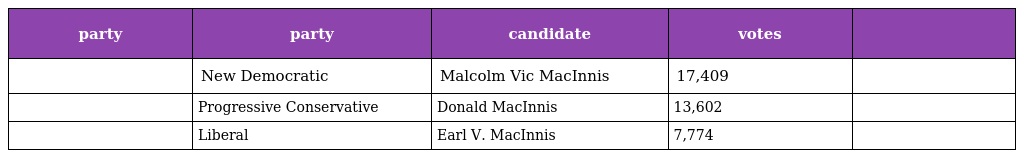
| party | party | candidate | votes |  |
 | --- | --- | --- | --- | --- |
 |  | New Democratic | Malcolm Vic MacInnis | 17,409 |  |
 |  | Progressive Conservative | Donald MacInnis | 13,602 |  |
 |  | Liberal | Earl V. MacInnis | 7,774 |  |